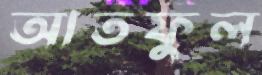
আতফুল